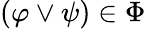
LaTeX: (\varphi\lor\psi)\in\Phi